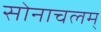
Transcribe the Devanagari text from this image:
सोनाचलम्